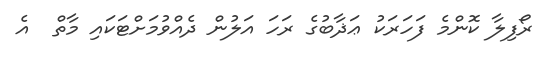
ރޯފިލާ ކޮންމެ ފަހަރަކު ޢަޛާބުގެ ރަހަ އަލުން ދެއްވުމަށްޓަކައި މާތް  އެ